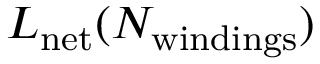
L _ { \mathrm { n e t } } ( N _ { \mathrm { w i n d i n g s } } )